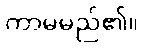
ကာမမည်၏။